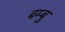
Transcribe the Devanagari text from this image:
बम्बु